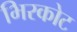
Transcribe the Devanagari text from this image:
भिरकोट